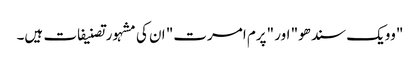
"وویک سندھو" اور "پرم امرت" ان کی مشہور تصنیفات ہیں۔